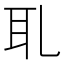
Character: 耴